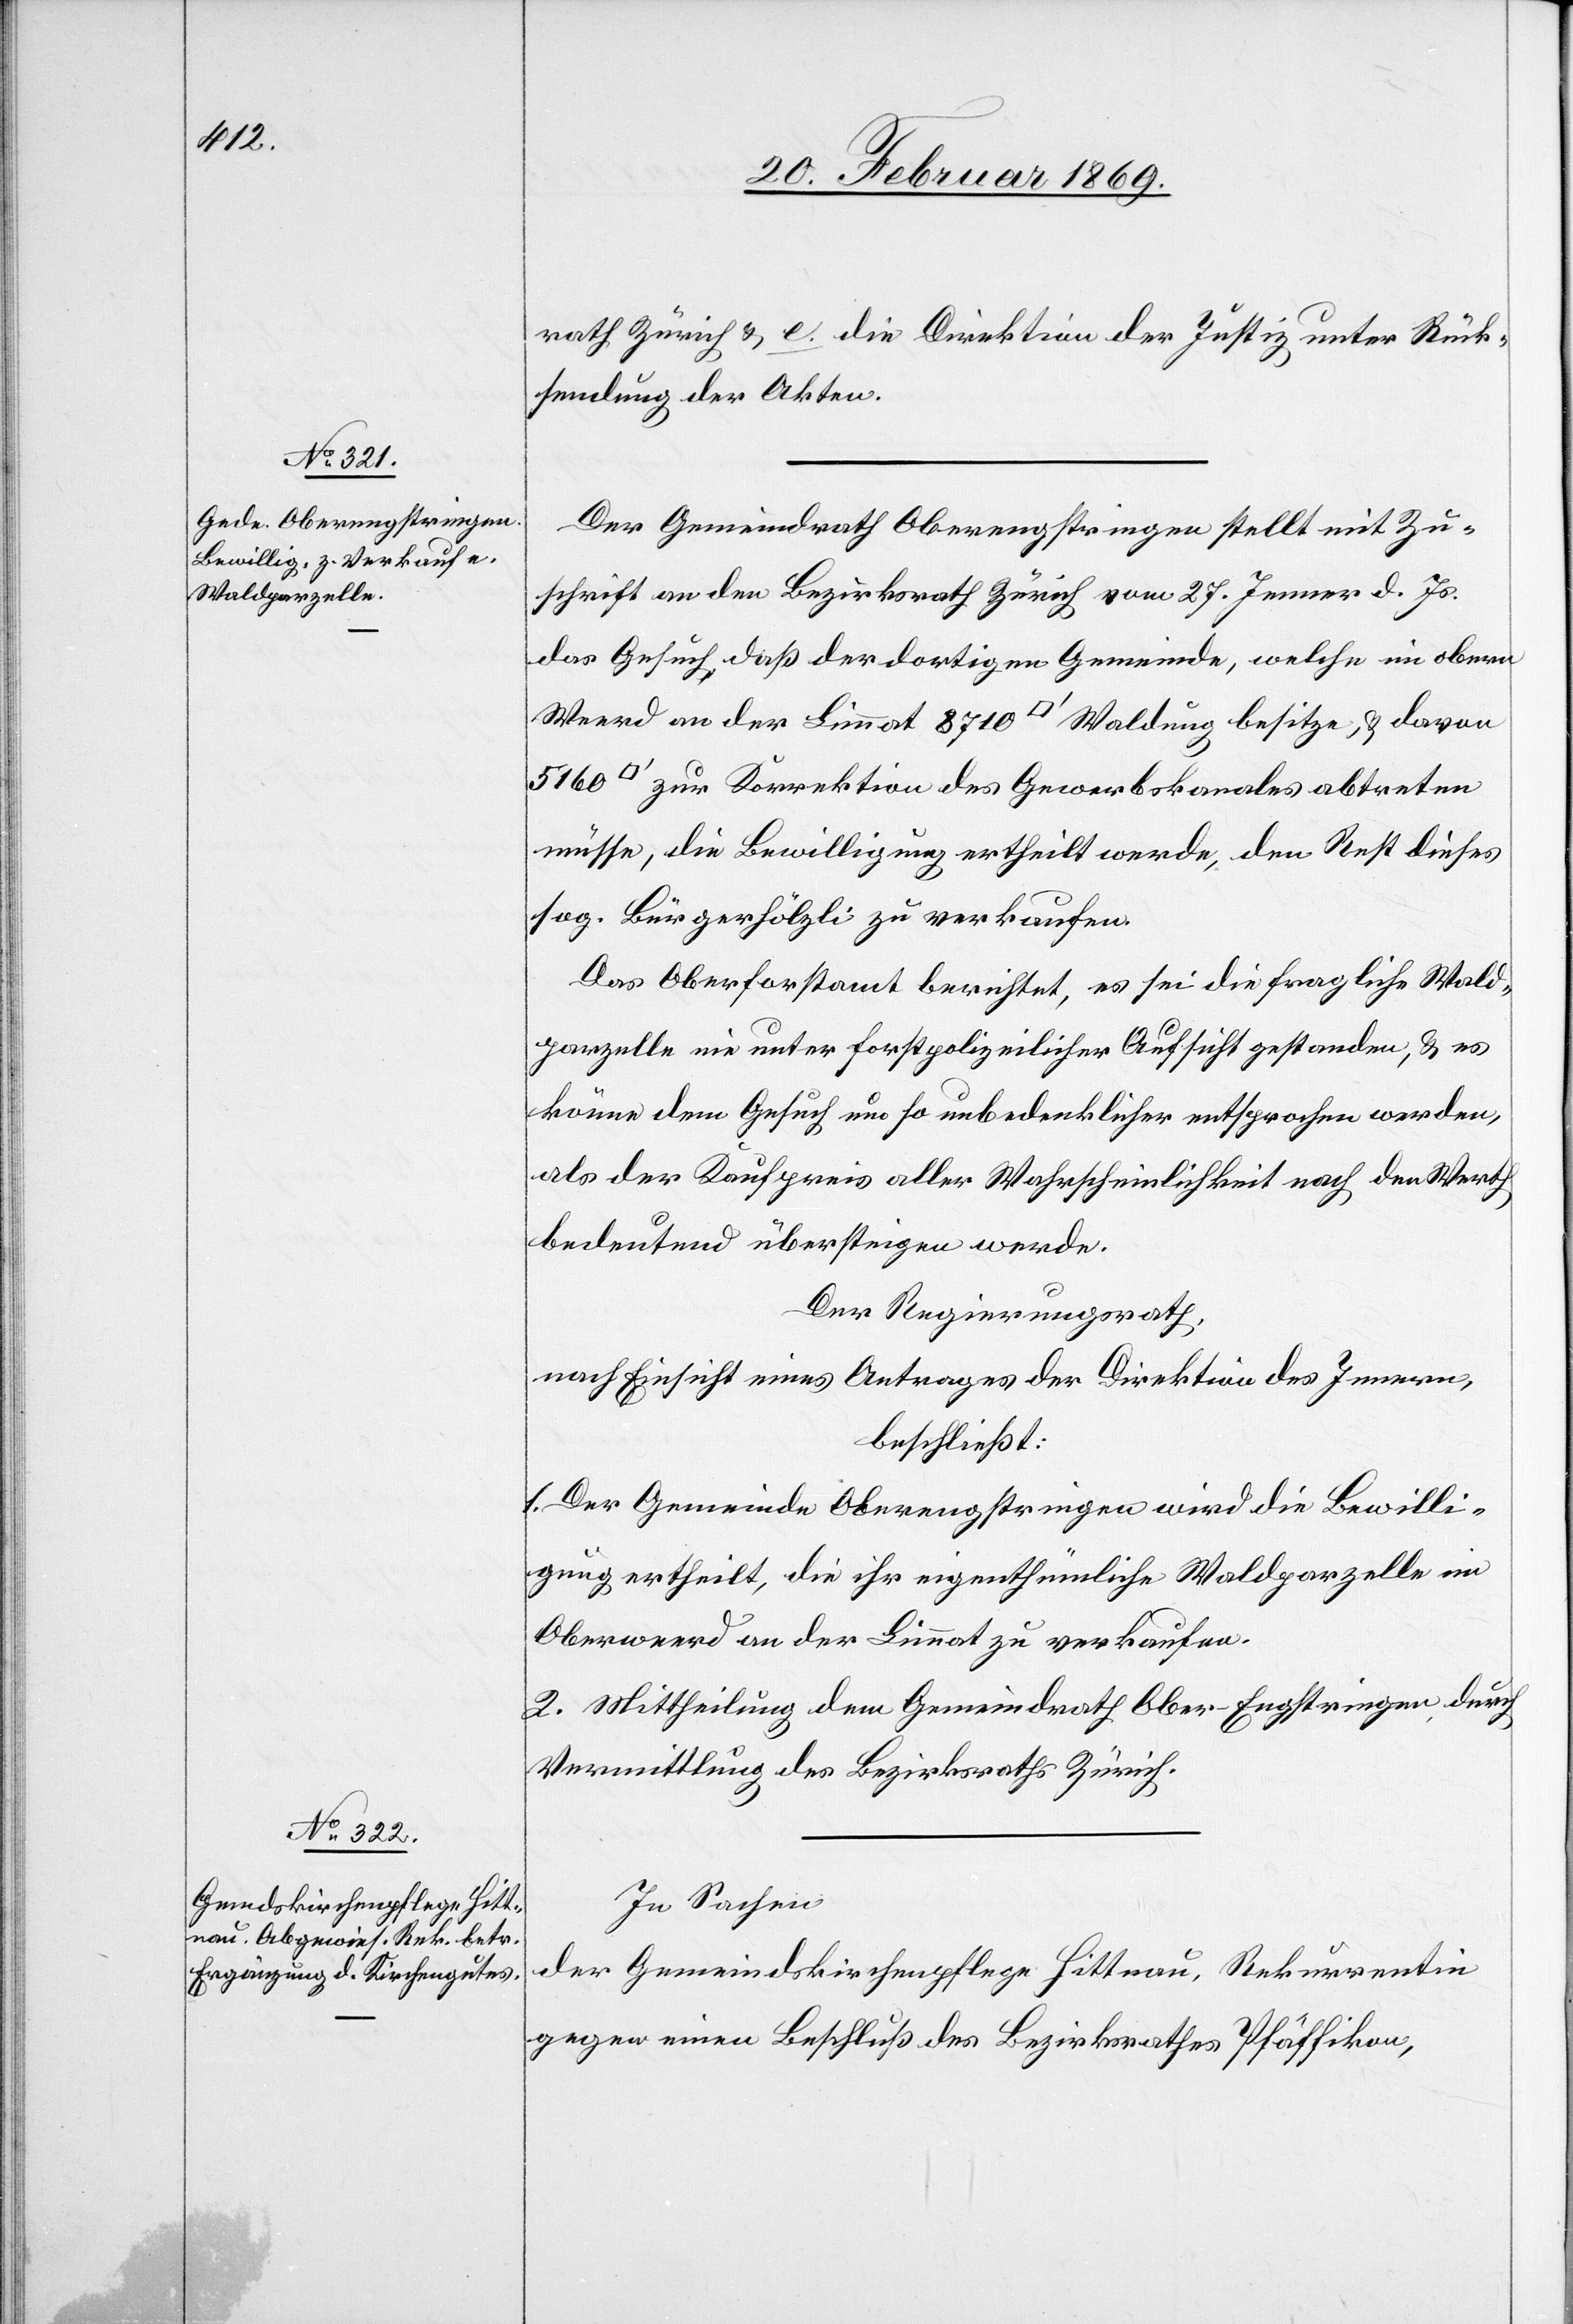
rath Zürich u. e. die Direktion der Justiz unter Rück¬
sendung der Akten.
Der Gemeindrath Oberengstringen stellt mit Zu¬
schrift an den Bezirksrath Zürich vom 27. Jenner d. Js.
das Gesuch, daß der dortigen Gemeinde, welche im obern
Weerd an der Limmat 8710 [Quadratfuß] Waldung besitze, & davon
zur Korrektion des Gewerbskanales abtreten
müsse, die Bewilligung ertheilt werde, den Rest dieses
sog. Bürgerhölzli zu verkaufen.
Das Oberforstamt berichtet, es sei die fragliche Wald¬
parzelle nie unter forstpolizeilicher Aufsicht gestanden, & es
könne dem Gesuch um so unbedenklicher entsprochen werden,
als der Kaufpreis aller Wahrscheinlichkeit nach den Werth
bedeutend übersteigen werde.
Der Regierungsrath,
nach Einsicht eines Antrages der Direktion des Innern,
beschließt:
1. Der Gemeinde Oberengstringen wird die Bewilli¬
gung ertheilt, die ihr eigenthümliche Waldparzelle im
Oberweerd an der Limmat zu verkaufen.
2. Mittheilung dem Gemeindrath Ober-Engstringen durch
Vermittlung des Bezirksraths Zürich.
In Sachen
der Gemeindskirchenpflege Hittnau, Rekurrentin
gegen einen Beschluß des Bezirksrathes Pfäffikon,